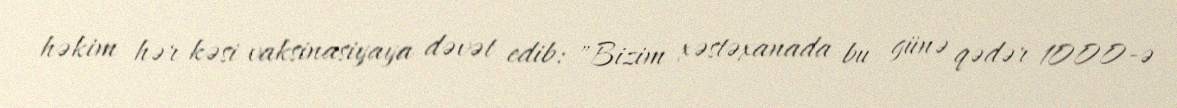
həkim hər kəsi vaksinasiyaya dəvət edib: "Bizim xəstəxanada bu günə qədər 1000-ə